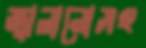
জ্বালানোসহ